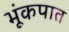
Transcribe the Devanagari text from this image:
भूंकपात